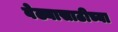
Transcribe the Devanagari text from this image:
वेढ्यासाठीच्या